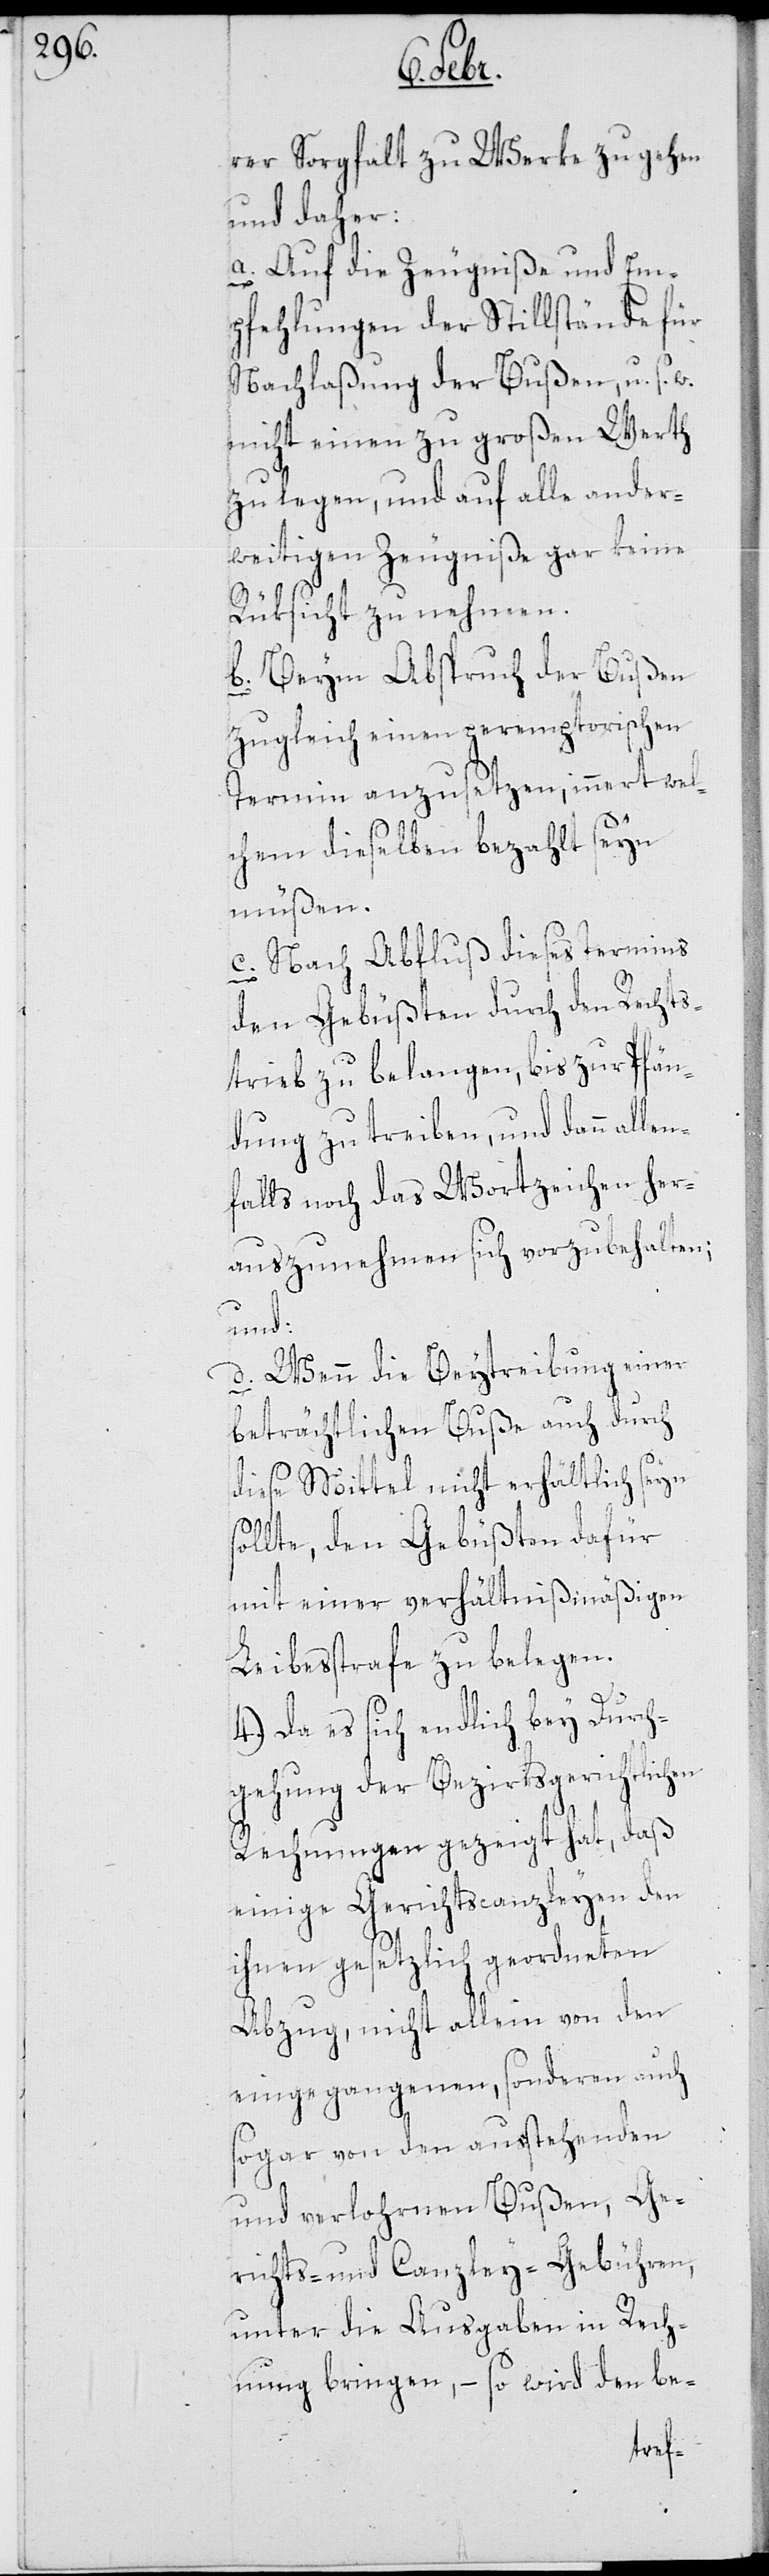
rer Sorgfalt zu Werke zu gehen
und daher:
a. Auf die Zeugniße und Em¬
pfehlungen der Stillstände für
Nachlaßung der Bußen u. s. w.
nicht einen zu großen Werth
zu legen, und auf alle ander¬
weitigen Zeugniße gar keine
Rüksicht zu nehmen.
b. Beym Abspruch der Bußen
zugleich einen peremptorischen
Termin anzusetzen, innert wel¬
chem dieselben bezahlt seyn
müßen.
c. Nach Abfluß dieses Termins
den Gebüßten durch den Rechts¬
trieb zu belangen, bis zur Pfän¬
dung zu treiben, und dann allen¬
falls noch das Wortzeichen her¬
auszunehmen sich vorzubehalten;
und:
d. Wenn die Beytreibung einer
beträchtlichen Buße auch durch
diese Mittel nicht erhältlich seyn
sollte, den Gebüßten dafür
mit einer verhältnismäßigen
Leibesstrafe zu belegen.
4.) Da es sich endlich bey Durch¬
gehung der bezirksgerichtlichen
Rechnungen gezeigt hat, daß
einige Gerichtscanzleyen den
ihnen gesetzlich geordneten
Abzug, nicht allein von den
eingegangenen, sondern auch
sogar von den ausstehenden
und verlohrnen Bußen, Ge¬
richts- und Canzley-Gebühren,
unter die Ausgaben in Rech¬
nung bringen, – so wird den be-